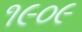
૧૯૦૯